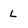
Character: L